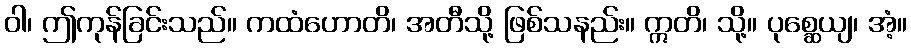
ဝါ၊ ဤကုန်ခြင်းသည်။ ကထံဟောတိ၊ အတီသို့ ဖြစ်သနည်း။ ဣတိ၊ သို့။ ပုစ္ဆေယျ၊ အံ့။